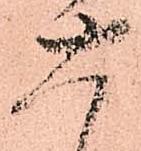
六